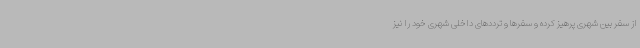
از سفر بین شهری پرهیز کرده و سفرها و ترددهای داخلی شهری خود را نیز